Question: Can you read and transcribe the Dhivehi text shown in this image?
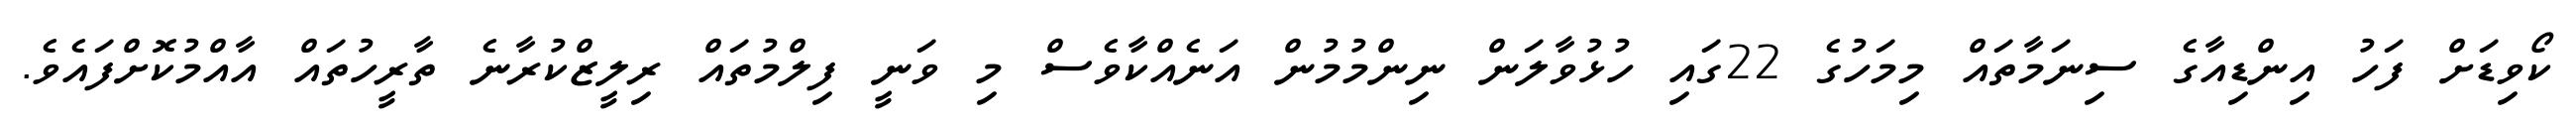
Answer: ކޯވިޑަށް ފަހު އިންޑިއާގެ ސިނަމާތައް މިމަހުގެ 22ގައި ހުޅުވާލަން ނިންމުމުން އަނެއްކާވެސް މި ވަނީ ފިލްމުތައް ރިލީޒްކުރާނެ ތާރީހުތައް އާއްމުކޮށްފައެވެ.